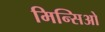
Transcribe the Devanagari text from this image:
मिन्सिओ